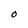
Character: O